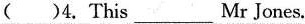
( )4.This___Mr Jones.